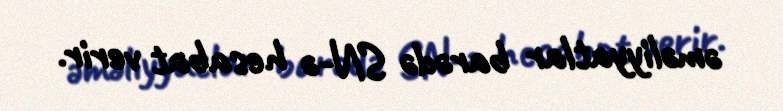
əməliyyatlar barədə SN-ə hesabat verir.